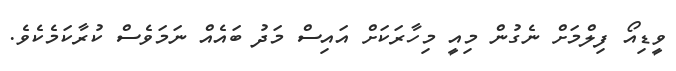
ވީޑިއޯ ފިލްމަށް ނެގުން މިއީ މިހާރަކަށް އައިސް މަދު ބައެއް ނަމަވެސް ކުރާކަމެކެވެ.